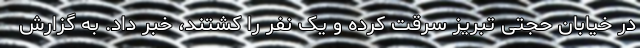
در خیابان حجتی تبریز سرقت کرده و یک نفر را کشتند، خبر داد. به گزارش